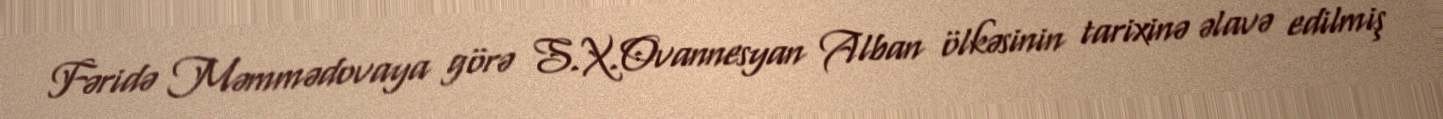
Fəridə Məmmədovaya görə S.X.Ovannesyan Alban ölkəsinin tarixinə əlavə edilmiş